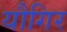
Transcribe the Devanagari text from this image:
यौगिर